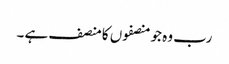
رب وہ جو منصفوں کا منصف ہے ۔